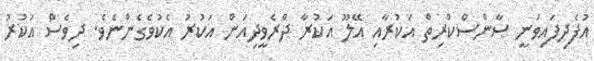
އުފެދިފައިވަނީ ސާންސްކްރިތް އަކުރާއި އޭލޫ އަކުރާ ދްރެވީދިއަން އަކުރު އެކުވެގެންނެވެ. ދިވެސް އަކުރު